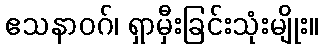
ဧသနာဝဂ်၊ ရှာမှီးခြင်းသုံးမျိုး။